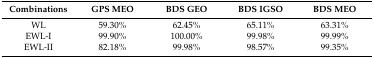
<table><thead><tr><td><b>Combinations</b></td><td><b>GPS MEO</b></td><td><b>BDS GEO</b></td><td><b>BDS IGSO</b></td><td><b>BDS MEO</b></td></tr></thead><tbody><tr><td>WL</td><td>59.30%</td><td>62.45%</td><td>65.11%</td><td>63.31%</td></tr><tr><td>EWL-I</td><td>99.90%</td><td>100.00%</td><td>99.98%</td><td>99.99%</td></tr><tr><td>EWL-II</td><td>82.18%</td><td>99.98%</td><td>98.57%</td><td>99.35%</td></tr></tbody></table>